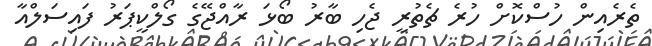
ތެރެއިން ހުސްކޮށް ހުރެ ޗެތުރީ ޖެހި ބާރު ބޯޅަ ރާއްޖޭގެ ގޯލްކީޕަރު ފައިސަލްއާ